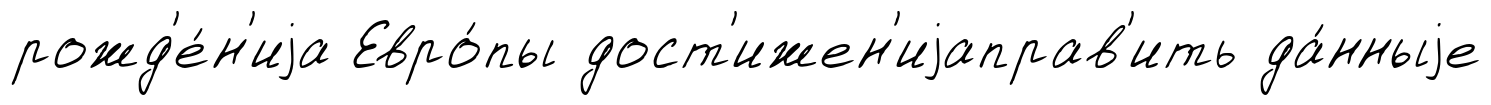
рожд'е́н'иjа Евро́пы дост'ижен'иjаправ'ить да́нныjе